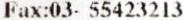
FAX:03- 55423213